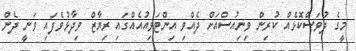
މީގެ ދުވަސްކޮޅެއް ކުރިން ވިނިއުސްއަށް ދެއްވި އިންޓަވިއުއެއްގައި ރިޔާޒް ވިދާޅުވެފައި ވަނީ ދެން